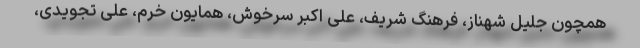
همچون جلیل شهناز، فرهنگ شریف، علی اکبر سرخوش، همایون خرم، علی تجویدی،